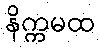
နိက္ကမထ